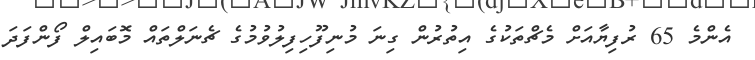
އެންމެ 65 ރުފިޔާއަށް މެޗްތަކުގެ އިތުރުން ގިނަ މުނިފޫހިފިލުވުމުގެ ޗެނަލްތައް މޮބައިލް ފޯންފަދަ